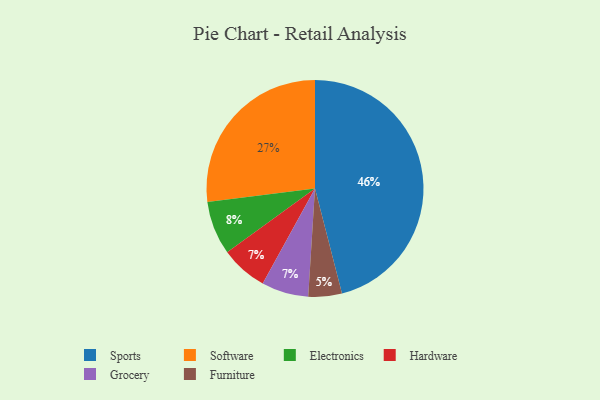
{"axis": {"x": "Category", "y": "Percentage"}, "legend": ["Electronics", "Furniture", "Grocery", "Hardware", "Software", "Sports"], "data": [{"x": "Electronics", "y": 8, "type": "Electronics"}, {"x": "Hardware", "y": 7, "type": "Hardware"}, {"x": "Sports", "y": 46, "type": "Sports"}, {"x": "Furniture", "y": 5, "type": "Furniture"}, {"x": "Software", "y": 27, "type": "Software"}, {"x": "Grocery", "y": 7, "type": "Grocery"}]}